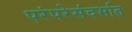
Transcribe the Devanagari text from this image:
परंपरेसंदर्भात